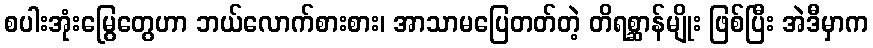
စပါးအုံးမြွေတွေဟာ ဘယ်လောက်စားစား၊ အာသာမပြေတတ်တဲ့ တိရစ္ဆာန်မျိုး ဖြစ်ပြီး အဲဒီမှာက